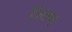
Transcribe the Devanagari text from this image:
जितम्